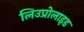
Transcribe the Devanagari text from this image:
लिउप्रोलाइड